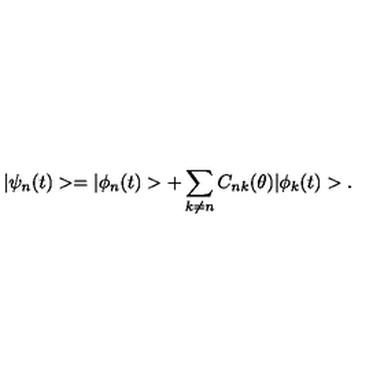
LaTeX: | \psi _ { n } ( t ) > = | \phi _ { n } ( t ) > + \sum _ { k \neq n } C _ { n k } ( \theta ) | \phi _ { k } ( t ) > .